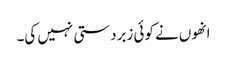
انھوں نے کوئی زبردستی نہیں کی۔